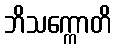
ဘိသက္ကောတိ